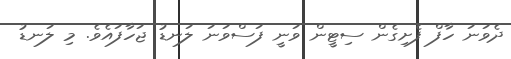
ދެވަނަ ހާފް ފެށިގެން ސިޓީން ވަނީ ފަސްވަނަ ލަނޑު ޖަހާފައެވެ. މި ލަނޑު